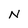
Character: N